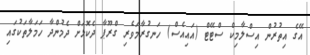
އޭގެ އިތުރުން އިސްލާމިކް ސްޓޭޓް (އައިއެސް) ހަނގުރާމަވެރި ގްރޫޕާ ދެކޮޅަށް ދެމުންދާ ހަމަލާތަކުގައި